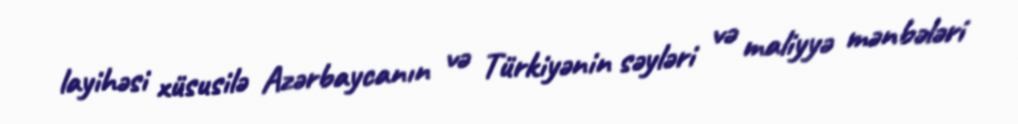
layihəsi xüsusilə Azərbaycanın və Türkiyənin səyləri və maliyyə mənbələri